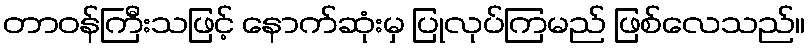
တာဝန်ကြီးသဖြင့် နောက်ဆုံးမှ ပြုလုပ်ကြမည် ဖြစ်လေသည်။